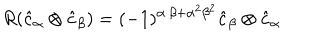
LaTeX: R ( \hat { c } _ { \alpha } \otimes \hat { c } _ { \beta } ) = ( - 1 ) ^ { \alpha \cdot \beta + { \alpha } ^ { 2 } { \beta } ^ { 2 } } \hat { c } _ { \beta } \otimes \hat { c } _ { \alpha }